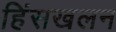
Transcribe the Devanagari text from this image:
हिंसखलन